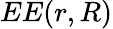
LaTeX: EE(r,R)